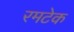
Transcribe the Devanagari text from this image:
रमटेक